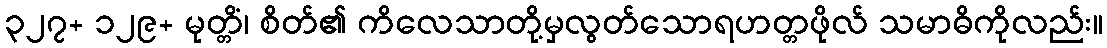
၃၂၇+ ၁၂၉+ မုတ္တိံ၊ စိတ်၏ ကိလေသာတို့မှလွတ်သောရဟတ္တဖိုလ် သမာဓိကိုလည်း။